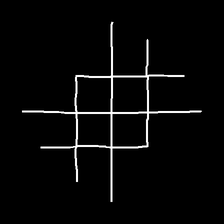
Glyph: crystal